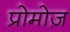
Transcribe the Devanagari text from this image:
प्रोमोज़